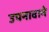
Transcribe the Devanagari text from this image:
उपनावाने